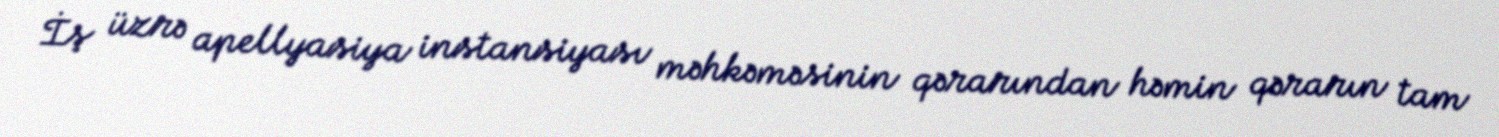
İş üzrə apellyasiya instansiyası məhkəməsinin qərarından həmin qərarın tam